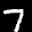
Label: 7